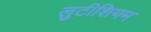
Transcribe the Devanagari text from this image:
लुटीशियम